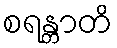
စရန္တာတိ